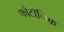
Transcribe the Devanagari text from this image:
फोटॉनिक